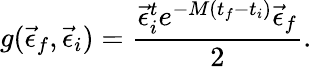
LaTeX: g(\vec{\epsilon}_{f},\vec{\epsilon}_{i})=\frac{\vec{\epsilon}_{i}^{t}e^{-M(t_{f}-t_{i})}\vec{\epsilon}_{f}}{2}.